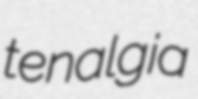
tenalgia